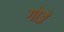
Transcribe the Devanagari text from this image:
गोब्रे